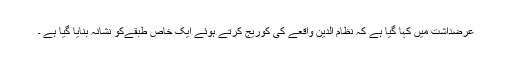
عرضداشت میں کہا گیا ہے کہ نظام الدین واقعے کی کوریج کرتے ہوئے ایک خاص طبقےکو نشانہ بنایا گیا ہے ۔